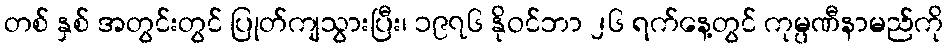
တစ် နှစ် အတွင်းတွင် ပြုတ်ကျသွားပြီး၊ ၁၉၇၆ နိုဝင်ဘာ ၂၆ ရက်နေ့တွင် ကုမ္ပဏီနာမည်ကို